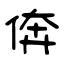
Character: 倴